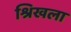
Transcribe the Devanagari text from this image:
श्रिखला